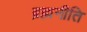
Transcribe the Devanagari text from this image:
ब्रह्मनीति